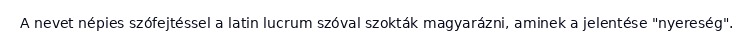
A nevet népies szófejtéssel a latin lucrum szóval szokták magyarázni, aminek a jelentése "nyereség".